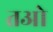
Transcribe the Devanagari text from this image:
तओ